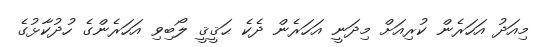
މިއަދު އަހަރެން ކުރިއަށް މިދަނީ އަހަރެން ދެކެ ޙަޤީޤީ ލޯބިވި އަހަރެންގެ ހުދުކާޅުގެ